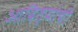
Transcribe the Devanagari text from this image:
आदित्यांची